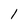
Character: 1